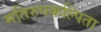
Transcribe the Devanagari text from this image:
मतिरुपकल्पिता